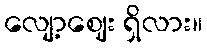
လျော့ဈေး ရှိလား။